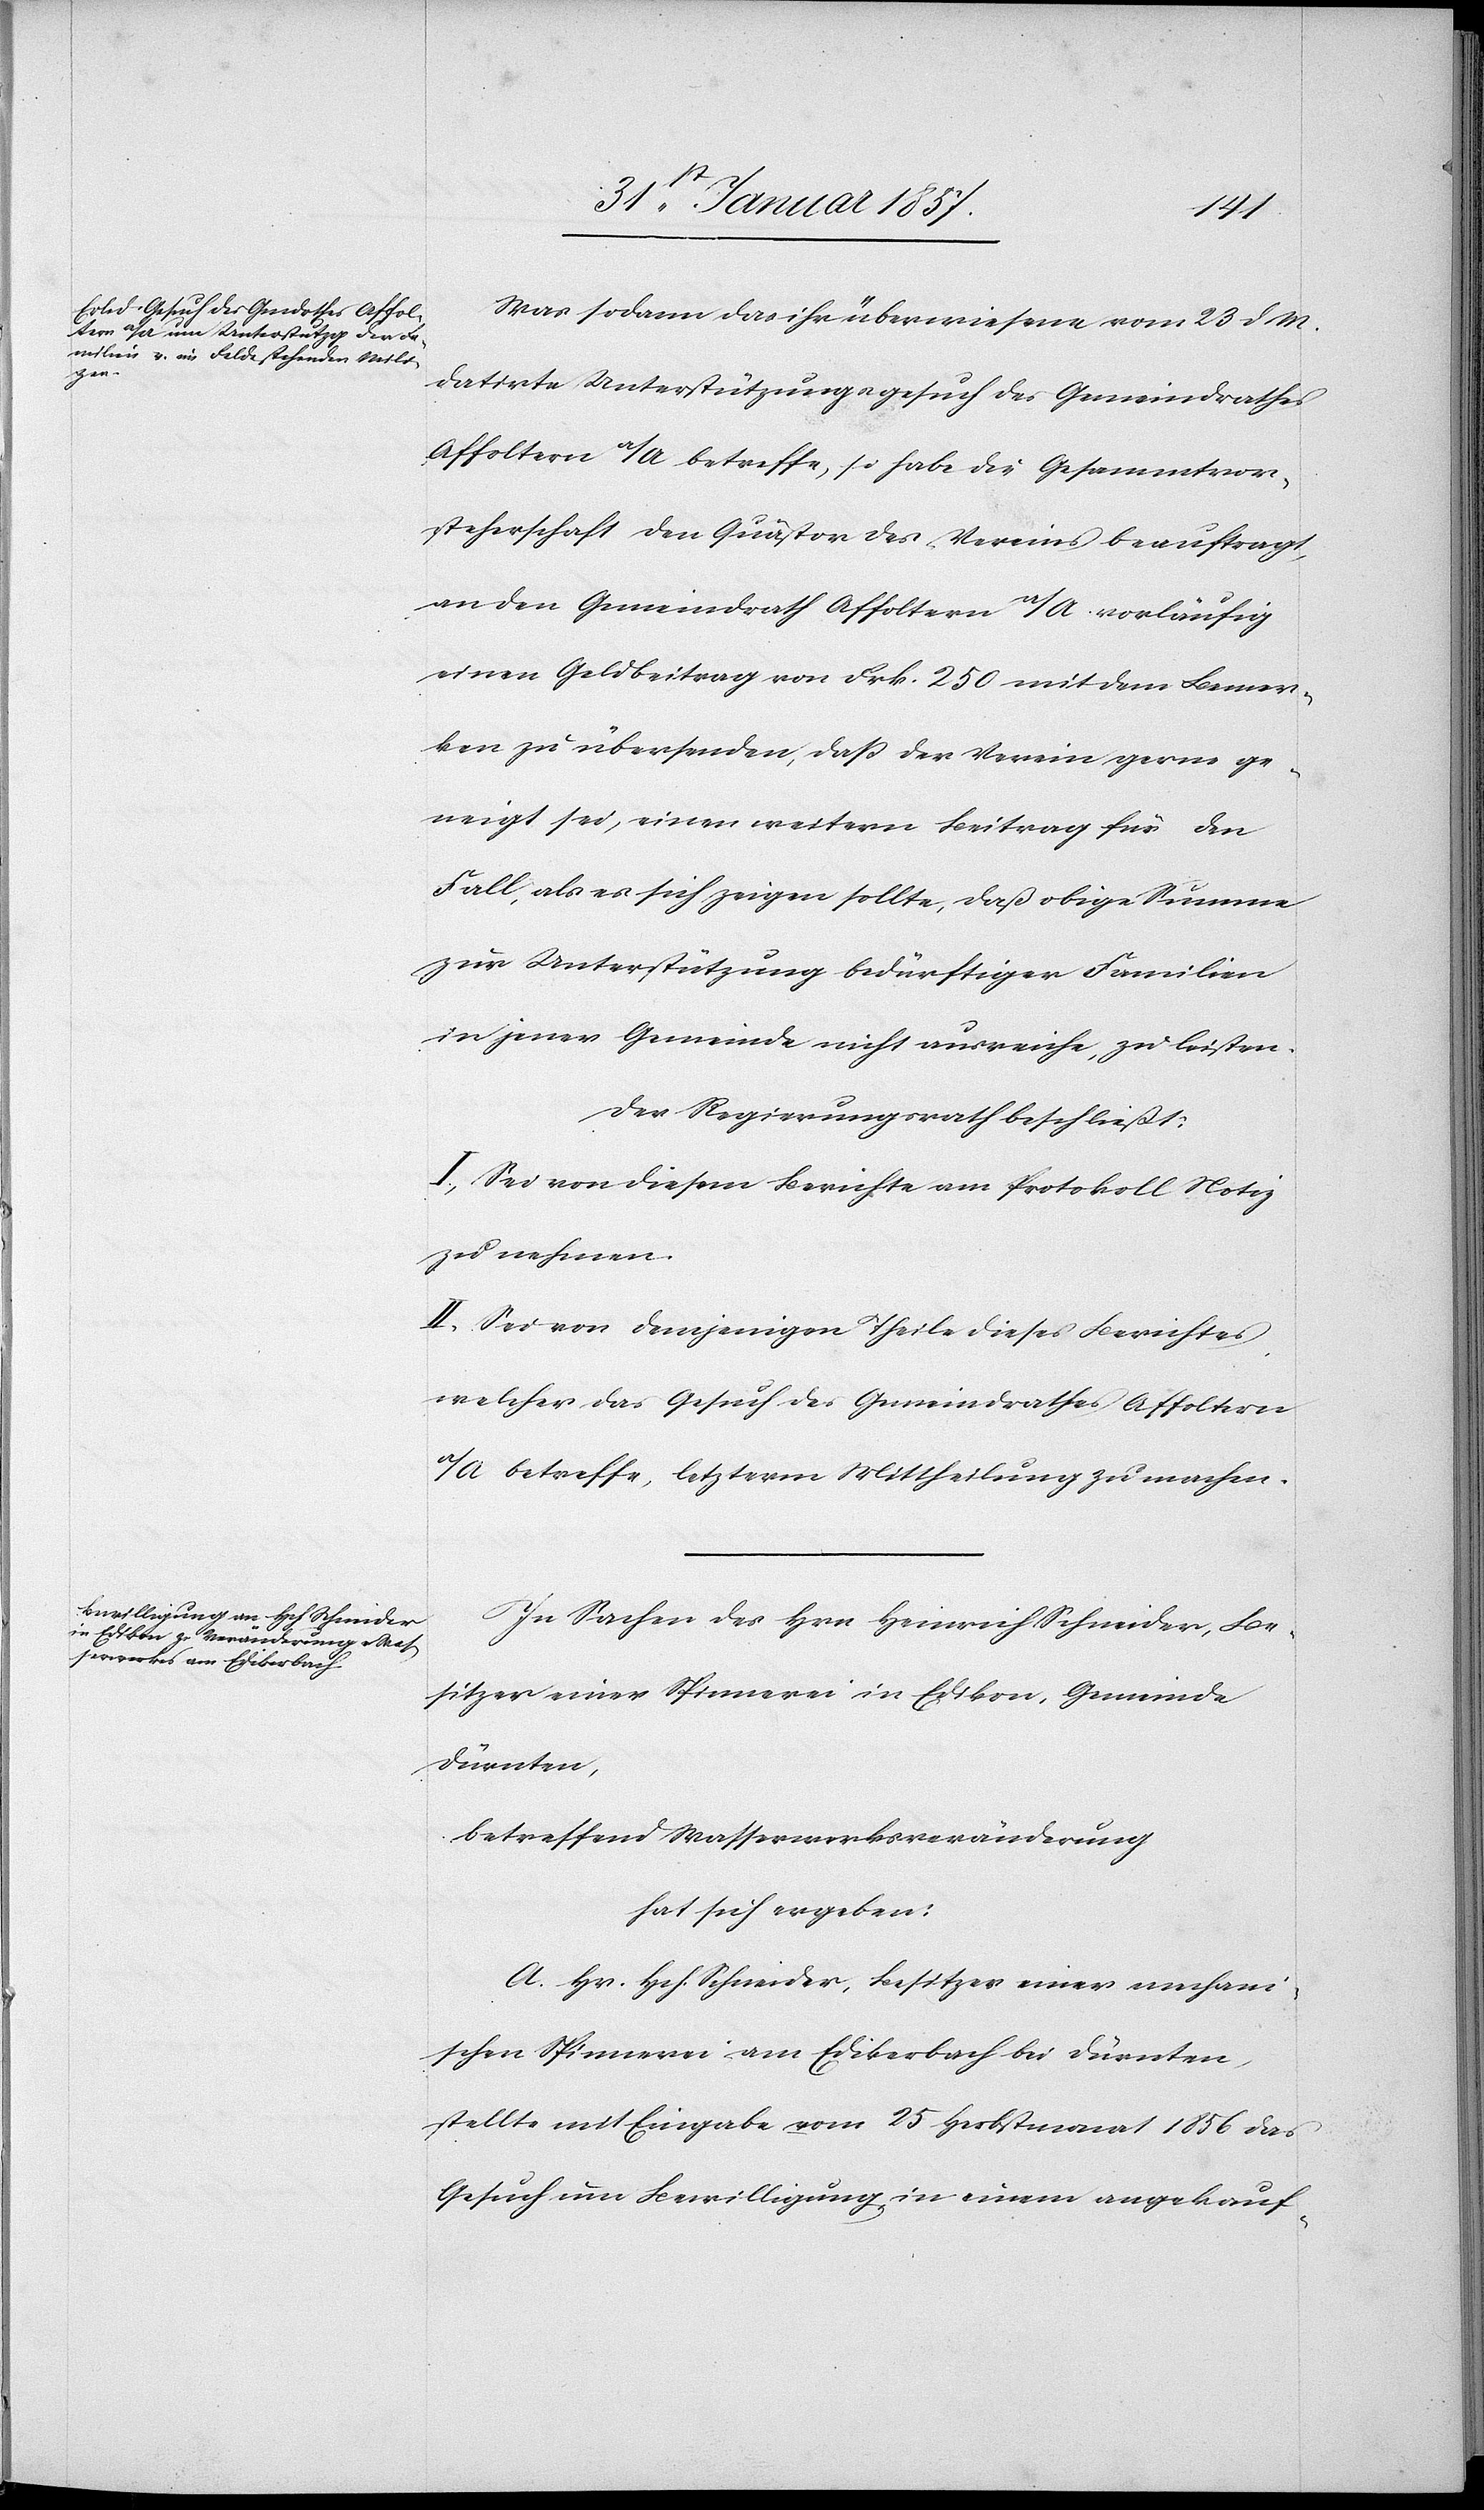
Was sodann das ihr überwiesene vom 23 d M.
datirte Unterstützungsgesuch des Gemeindrathes
Affoltern a/A betreffe, so habe die Gesammtvor¬
steherschaft den Quästor des Vereins beauftragt,
an den Gemeindrath Affoltern a/A vorläufig
einen Geldbeitrag von frk. 250 mit dem Bemer¬
ken zu übersenden, daß der Verein gerne ge¬
neigt sei, einen weitern Beitrag für den
Fall, als es sich zeigen sollte, daß obige Summe
zur Unterstützung bedürftiger Familien
in jener Gemeinde nicht ausreiche, zu leisten.
Der Regierungsrath beschließt:
I, Sei von diesem Berichte am Protokoll Notiz
zu nehmen.
II. Sei von demjenigen Theile dieses Berichtes,
welcher das Gesuch des Gemeindrathes Affoltern
a/A betreffe, letzterm Mittheilung zu machen.
In Sachen des Hrn Heinrich Schneider, Be¬
sitzer einer Spinnerei in Edikon, Gemeinde
Dürnten,
betreffend Wasserwerksveränderung
hat sich ergeben:
A. Hr. Hch. Schneider, Besitzer einer mechani¬
schen Spinnerei am Edikerbach bei Dürnten,
stellte mit Eingabe vom 25 Herbstmonat 1856 das
Gesuch um Bewilligung in einem angekauf-